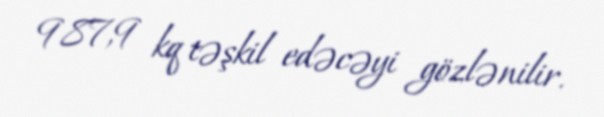
987,9 kq təşkil edəcəyi gözlənilir.